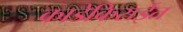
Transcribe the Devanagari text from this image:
काडेकिराईत